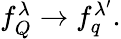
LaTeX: \begin{array}{r}{f_{Q}^{\lambda}\to f_{q}^{\lambda^{\prime}}.}\end{array}